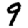
Digit: 9